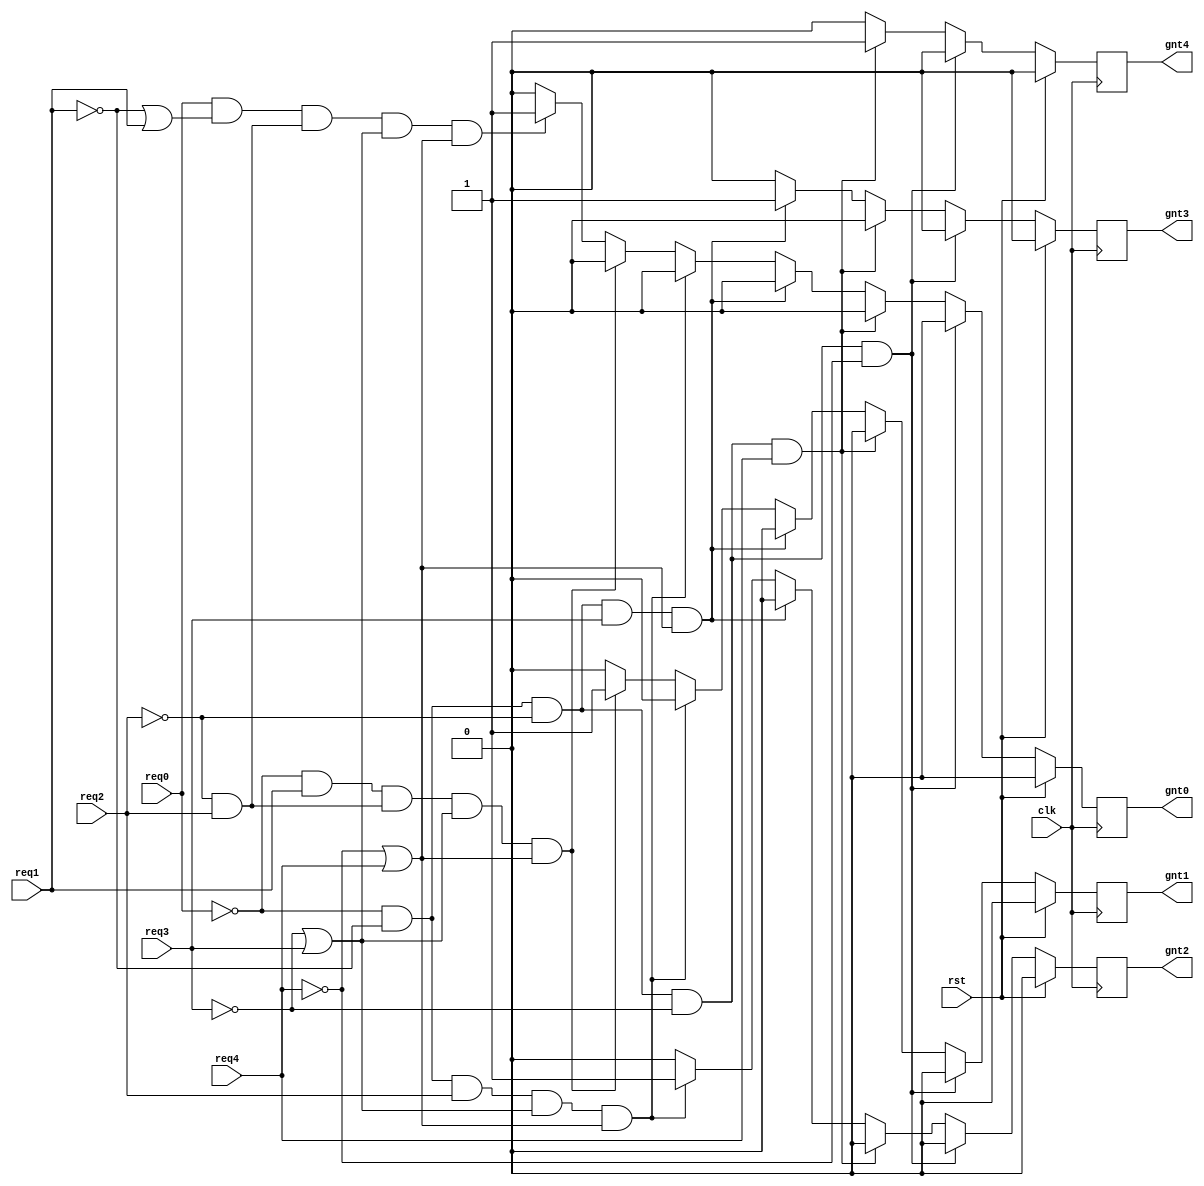
`timescale 1ns / 1ps
//////////////////////////////////////////////////////////////////////////////////
// Company: 
// Engineer: 
// 
// Design Name: 
// Module Name:    arbiter1 
// Project Name: 
// Target Devices: 
// Tool versions: 
// Description: 
//
// Dependencies: 
//
// Revision: 
// Revision 0.01 - File Created
// Additional Comments: 
//
//////////////////////////////////////////////////////////////////////////////////
module arbiter1(
req0, req1, req2,req3, req4,rst, clk,gnt0,gnt1,gnt2,gnt3, gnt4
    );
input wire[0:7] req0, req1, req2,req3, req4;
input rst, clk;
output gnt0,gnt1,gnt2,gnt3, gnt4;
reg gnt0=0,gnt1=0,gnt2=0,gnt3=0, gnt4=0;
reg temp0=0, temp1=0, temp2=0,temp3=0, temp4=0;
always @(posedge clk)
begin
if(rst)
begin
gnt0=0;
gnt1=0;
gnt2=0;
gnt3=0;
gnt4=0;
end
else
begin
gnt0=temp0;
gnt1=temp1;
gnt2=temp2;
gnt3=temp3;
gnt4=temp4;
end
end
always @(req0, req1, req2,req3, req4) 
begin
if(!req0 && !req1 && !req2 && !req3 && !req4)
begin
temp0=0;
temp1=0;
temp2=0;
temp3=0;
temp4=0;
end
else if(!req0 && !req1 && !req2 && !req3 && req4) 
begin
temp0=0;
temp1=0;
temp2=0;
temp3=0;
temp4=1;
end
else if(!req0 && !req1 && !req2 && req3 &&(!req4||req4))
begin
 temp0=0;
temp1=0;
temp2=0;
temp3=1;
temp4=0;
end
else if(!req0 && !req1 && req2 && (!req3||req3) &&(!req4||req4))
begin
temp0=0;
temp1=0;
temp2=1;
temp3=0;
temp4=0;
end
else if(!req0 && req1 && (!req2&&req2) && (!req3||req3) &&(!req4||req4))
begin
temp0=0;
temp1=1;
temp2=0;
temp3=0;
temp4=0;
end
else if(req0 && (!req1||req1) && (!req2&&req2) && (!req3||req3) &&(!req4||req4))
begin
temp0=1;
temp1=0;
temp2=0;
temp3=0;
temp4=0;
end
else 
begin
temp0=0;
temp1=0;
temp2=0;
temp3=0;
temp4=0;
end
end



endmodule